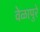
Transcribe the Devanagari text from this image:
वेळापुरे